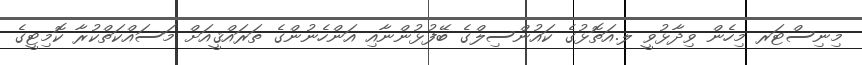
މިނިސްޓަރ މިހެން ވިދާޅުވީ ލ.އަތޮޅުގެ ކައުންސިލްގެ ބޭފުޅުންނާއި އަންހެނުންގެ ތަރައްޤީއަށް މަސައްކަތްކުރާ ކޮމިޓީގެ